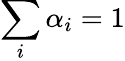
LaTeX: \sum_{i}\alpha_{i}=1